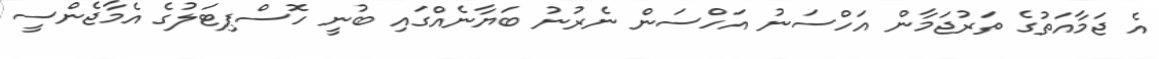
އެ ޖަމާއަތުގެ ތަރުޖަމާން އަހްސަނު އަހްސަން ނެރުނު ބަޔާނެއްގައި ބުނީ ހޮސްޕިޓަލުގެ އެމާޖެންސީ